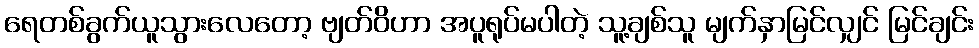
ရေတစ်ခွက်ယူသွားလေတော့ ဗျတ်ဝိဟာ အပူရုပ်မပါတဲ့ သူ့ချစ်သူ မျက်နှာမြင်လျှင် မြင်ချင်း